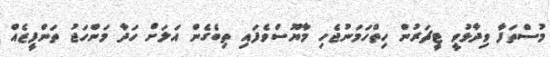
މުސްތަފާ ވިދާޅުވީ ޓީޗަރުން ހިތްހަމަނުޖެހި މާޔޫސްވެފައި ތިބެގެން އަލަށް ހަދާ މަންހަޖު ތަންފީޒެއް